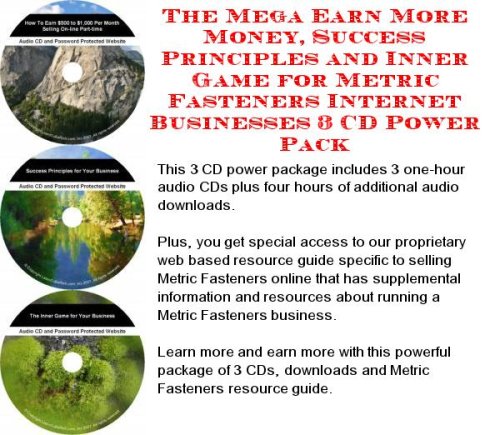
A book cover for The Best Generate Extra Cash, Marketing and Inner Game for Metric Fasteners Web Biz 3 Course + Resource Guide; Bill Z Miller; Computers & Technology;